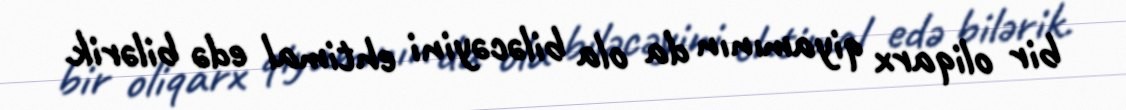
bir oliqarx qiyamının da ola biləcəyini ehtimal edə bilərik.